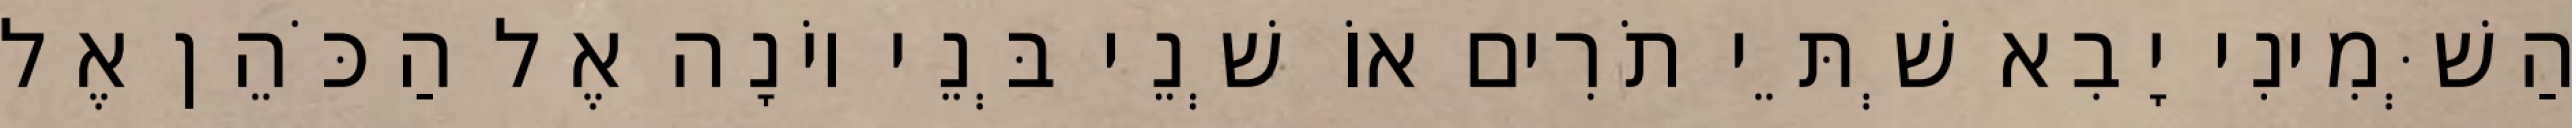
הַשְּׁמִינִי יָבִא שְׁתֵּי תֹרִים אוֹ שְׁנֵי בְּנֵי יוֹנָה אֶל הַכֹּהֵן אֶל